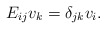
\begin{align*}E_{ij} v_k = \delta_{jk} v_i. \end{align*}